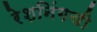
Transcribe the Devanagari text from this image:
रेशनिंगची